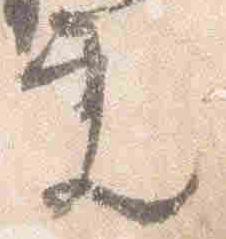
更